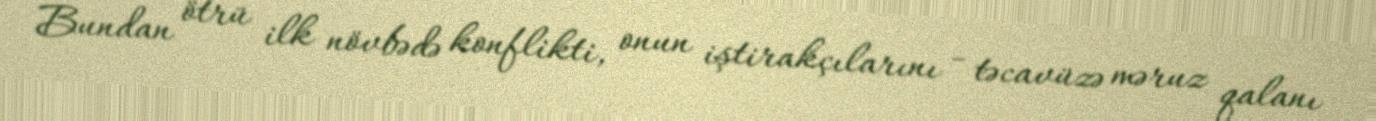
Bundan ötrü ilk növbədə konflikti, onun iştirakçılarını - təcavüzə məruz qalanı